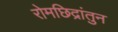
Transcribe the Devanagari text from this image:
रोमछिद्रांतुन